Annual administration report of the Civil Veterinary Department of India - 1907-1908
Year: 1907
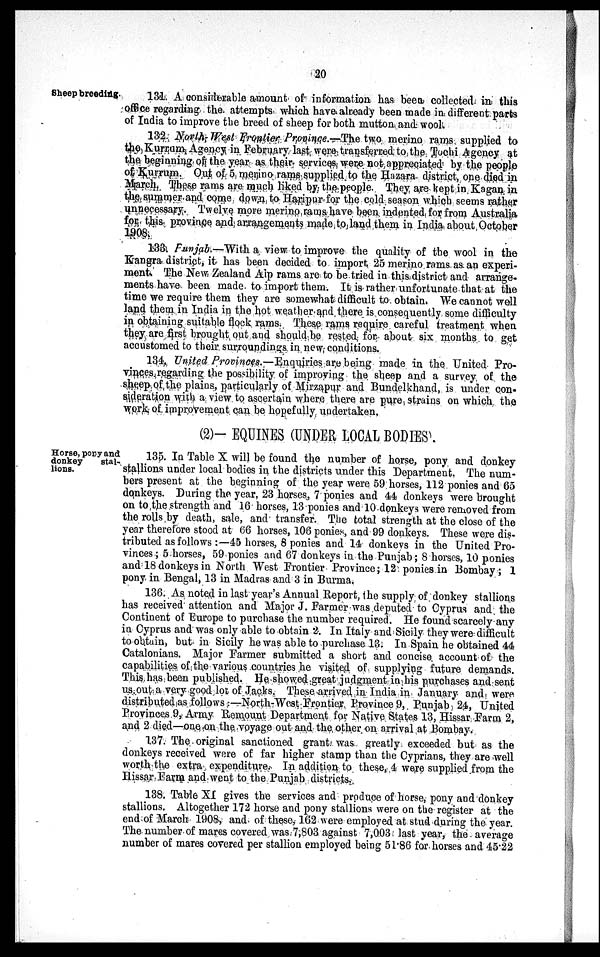
20
Sheep breeding.
131. A considerable amount of information has been collected in this
office regarding the attempts which have already been made in different parts
of India to improve the breed of sheep for both mutton, and wool.
132 North-West Frontier Province.—The two merino rams supplied to
the Kurrum Agency in February last were transferred to the Tochi Agency at
the beginning of the year as their services were not appreciated by the people
of Kurrum. Out of 5 menino rams supplied to the Hazara district, one died in
March. These rams are much liked by the people. They are kept in Kagan in
the summer and come down to Haripur-for the cold season which seems rather
unnecessary. Twelve more merino rams have been indented, for from Australia
for this province and arrangements made to land them in India about October
1908.
133. Punjab.—With a view to improve the quality of the wool in the
Kangra district, it has been decided to import 25 merino rams as an experi-
ment. The New Zealand Alp rams are to be tried in this district and arrange-
ments have been made to import them. It is rather unfortunate that at the
time we require them they are somewhat difficult to obtain. We cannot well
land them in India in the hot weather and there is consequently some difficulty
in obtaining suitable flock rams. These rams require careful treatment when
they are first brought out and should be rested for about six months to get
accustomed to their surroundings in new conditions.
134. United Provinces.—Enquiries are being made in the United Pro-
vinces regarding the possibility of improving the sheep and a survey of the
sheep of the plains, particularly of Mirzapur and Bundelkhand, is under con-
sideration with a view to ascertain where there are pure strains on which the
work, of improvement can be hopefully undertaken.
(2)— EQUINES (UNDER LOCAL BODIES.
Horse, pony and
donkey
stal-
lions.
135. In Table X will be found the number of horse, pony and donkey
stallions under local bodies in the districts under this Department. The num-
bers present at the beginning of the year were 59 horses, 112 ponies and 65
donkeys. During the year, 23 horses, 7 ponies and 44 donkeys were brought
on to the strength and 16 horses, 13 ponies and 10 donkeys were removed from
the rolls by death, sale, and transfer. The total strength at the close of the
year therefore stood at 66 horses, 106 ponies, and 99 donkeys. These were dis-
tributed as follows:—45 horses, 8 ponies and 14 donkeys in the United Pro-
vinces; 5 horses, 59 ponies and 67 donkeys in the Punjab; 8 horses, 10 ponies
and 18 donkeys in North West Frontier Province; 12 ponies in Bombay; 1
pony in Bengal, 13 in Madras and 3 in Burma.
136. As noted in last year's Annual Report, the supply of donkey stallions
has received attention and Major J. Farmer was deputed to Cyprus and the
Continent of Europe to purchase the number required. He found scarcely any
in Cyprus and was only able to obtain 2. In Italy and Sicily they were difficult
to obtain, but in Sicily he was able to purchase 13. In Spain he obtained 44
Catalonians. Major Farmer submitted a short and concise account of the
capabilities of the various countries he visited of supplying future demands.
This has been published. He showed great judgment in his purchases and sent
us out a very good lot of Jacks. These arrived in India in January and were
distributed as follows:—North-West Frontier Province 9, Punjab 24, United
Provinces 9, Army Remount Department for Native States 13, Hissar Farm 2,
and 2 died—one on the voyage out and the other on arrival at Bombay.
137. The original sanctioned grant was greatly exceeded but as the
donkeys received were of far higher stamp than the Cyprians, they are well
worth the extra expenditure. In addition to these, 4 were supplied from the
Hissar Farm and went to the Punjab districts.
138. Table XI gives the services and produce of horse, pony and donkey
stallions. Altogether 172 horse and pony stallions were on the register at the
end of March 1908, and of these, 162 were employed at stud during the year.
The number of mares covered was 7,803 against 7,003 last year, the average
number of mares covered per stallion employed being 51.86 for horses and 45.22